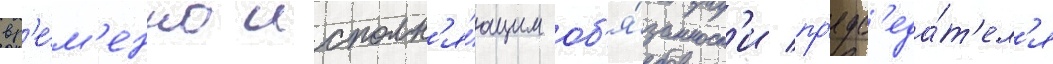
вр'е́м'енно исполн'я́ющим об'я́занност'и пр'едс'еда́т'ел'я